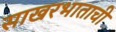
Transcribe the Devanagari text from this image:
साखरभाताची